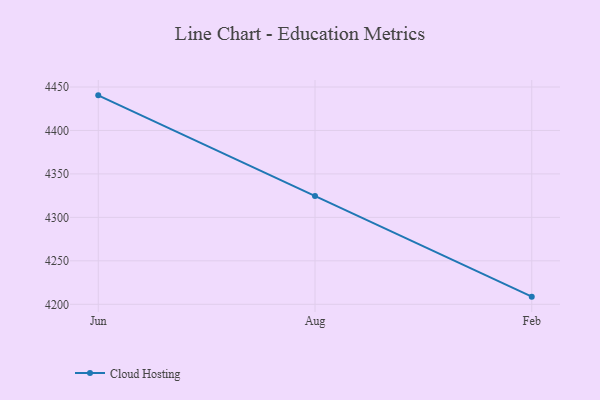
{"axis": {"x": "Month", "y": "Operating Costs (USD K)"}, "legend": ["Cloud Hosting"], "data": [{"x": "Jun", "y": 4440.4, "type": "Cloud Hosting"}, {"x": "Aug", "y": 4324.7, "type": "Cloud Hosting"}, {"x": "Feb", "y": 4208.8, "type": "Cloud Hosting"}]}